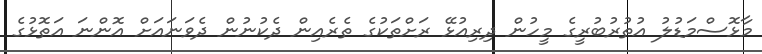
މާޅޮސްމަޑުލު އުތުރުބުރީގެ މީހުން ދިރިއުޅޭ ރަށްތަކުގެ ތެރެއިން ދެކުނުން ދެވަނައަށް އޮންނަ އަތޮޅުގެ